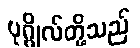
ပုဂ္ဂိုလ်တို့သည်